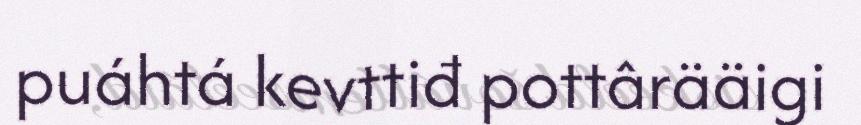
puáhtá kevttiđ pottârääigi